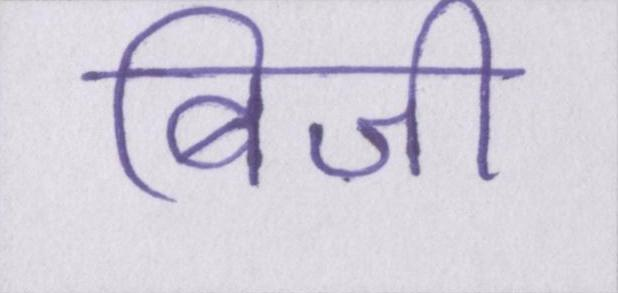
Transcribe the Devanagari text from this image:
बिजी